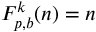
F _ { p , b } ^ { k } ( n ) = n